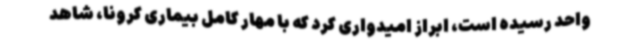
واحد رسیده است، ابراز امیدواری کرد که با مهار کامل بیماری کرونا، شاهد